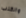
والكلب